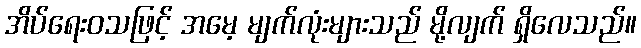
အိပ်ရေးဝသဖြင့် အမေ့ မျက်လုံးများသည် မို့လျက် ရှိလေသည်။